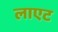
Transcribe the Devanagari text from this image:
लाएट